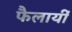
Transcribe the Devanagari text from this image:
फैलायीं